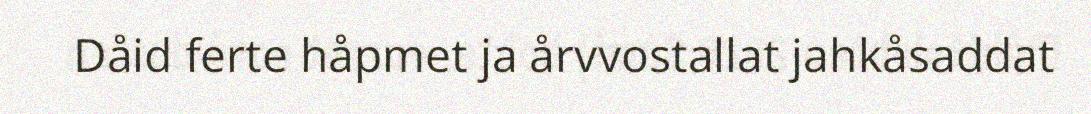
Dåid ferte håpmet ja årvvostallat jahkåsaddat